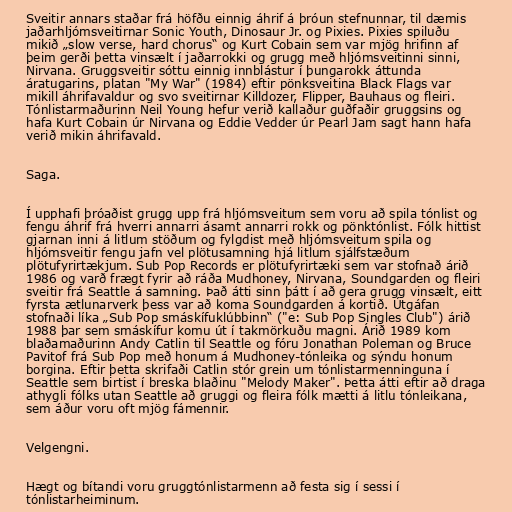
Sveitir annars staðar frá höfðu einnig áhrif á þróun stefnunnar, til dæmis
jaðarhljómsveitirnar Sonic Youth, Dinosaur Jr. og Pixies. Pixies spiluðu
mikið „slow verse, hard chorus“ og Kurt Cobain sem var mjög hrifinn af
þeim gerði þetta vinsælt í jaðarrokki og grugg með hljómsveitinni sinni,
Nirvana. Gruggsveitir sóttu einnig innblástur í þungarokk áttunda
áratugarins, platan "My War" (1984) eftir pönksveitina Black Flags var
mikill áhrifavaldur og svo sveitirnar Killdozer, Flipper, Bauhaus og fleiri.
Tónlistarmaðurinn Neil Young hefur verið kallaður guðfaðir gruggsins og
hafa Kurt Cobain úr Nirvana og Eddie Vedder úr Pearl Jam sagt hann hafa
verið mikin áhrifavald.

Saga.

Í upphafi þróaðist grugg upp frá hljómsveitum sem voru að spila tónlist og
fengu áhrif frá hverri annarri ásamt annarri rokk og pönktónlist. Fólk hittist
gjarnan inni á litlum stöðum og fylgdist með hljómsveitum spila og
hljómsveitir fengu jafn vel plötusamning hjá litlum sjálfstæðum
plötufyrirtækjum. Sub Pop Records er plötufyrirtæki sem var stofnað árið
1986 og varð frægt fyrir að ráða Mudhoney, Nirvana, Soundgarden og fleiri
sveitir frá Seattle á samning. Það átti sinn þátt í að gera grugg vinsælt, eitt
fyrsta ætlunarverk þess var að koma Soundgarden á kortið. Útgáfan
stofnaði líka „Sub Pop smáskífuklúbbinn“ ("e: Sub Pop Singles Club") árið
1988 þar sem smáskífur komu út í takmörkuðu magni. Árið 1989 kom
blaðamaðurinn Andy Catlin til Seattle og fóru Jonathan Poleman og Bruce
Pavitof frá Sub Pop með honum á Mudhoney-tónleika og sýndu honum
borgina. Eftir þetta skrifaði Catlin stór grein um tónlistarmenninguna í
Seattle sem birtist í breska blaðinu "Melody Maker". Þetta átti eftir að draga
athygli fólks utan Seattle að gruggi og fleira fólk mætti á litlu tónleikana,
sem áður voru oft mjög fámennir.

Velgengni.

Hægt og bítandi voru gruggtónlistarmenn að festa sig í sessi í
tónlistarheiminum.